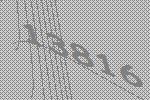
13816